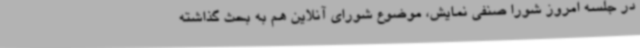
در جلسه امروز شورا صنفی نمایش، موضوع شورای آنلاین هم به بحث گذاشته